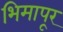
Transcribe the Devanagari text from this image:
भिमापूर